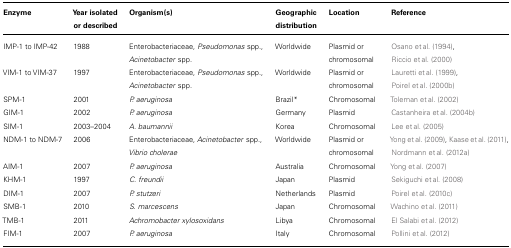
| Enzyme | Year isolated or described | Organism(s) | Geographic distribution | Location | Reference |
 | --- | --- | --- | --- | --- | --- |
 | IMP-1 to IMP-42 | 1988 | Enterobacteriaceae, Pseudomonas spp., Acinetobacter spp. | Worldwide | Plasmid or chromosomal | Osano et al. (1994), Riccio et al. (2000) |
 | VIM-1 to VIM-37 | 1997 | Enterobacteriaceae, Pseudomonas spp., Acinetobacter spp. | Worldwide | Plasmid or chromosomal | Lauretti et al. (1999), Poirel et al. (2000b) |
 | SPM-1 | 2001 | P. aeruginosa | Brazil* | Chromosomal | Toleman et al. (2002) |
 | GIM-1 | 2002 | P. aeruginosa | Germany | Plasmid | Castanheira et al. (2004b) |
 | SIM-1 | 2003–2004 | A. baumannii | Korea | Chromosomal | Lee et al. (2005) |
 | NDM-1 to NDM-7 | 2006 | Enterobacteriaceae, Acinetobacter spp., Vibrio cholerae | Worldwide | Plasmid or chromosomal | Yong et al. (2009), Kaase et al. (2011), Nordmann et al. (2012a) |
 | AIM-1 | 2007 | P. aeruginosa | Australia | Chromosomal | Yong et al. (2007) |
 | KHM-1 | 1997 | C. freundii | Japan | Plasmid | Sekiguchi et al. (2008) |
 | DIM-1 | 2007 | P. stutzeri | Netherlands | Plasmid | Poirel et al. (2010c) |
 | SMB-1 | 2010 | S. marcescens | Japan | Chromosomal | Wachino et al. (2011) |
 | TMB-1 | 2011 | Achromobacter xylosoxidans | Libya | Chromosomal | El Salabi et al. (2012) |
 | FIM-1 | 2007 | P. aeruginosa | Italy | Chromosomal | Pollini et al. (2012) |